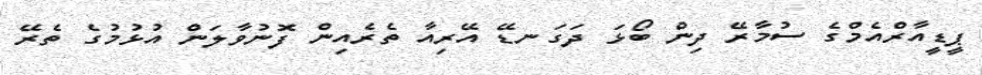
ޕީޑީއާރްއެމްގެ ސުމާރޭ ދިން ބޯޅަ ދަގަނޑޭ އޭރިއާ ތެރެއިން ފޮނުވާލަން އުޅުމުގެ ތެރޭ